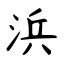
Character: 浜